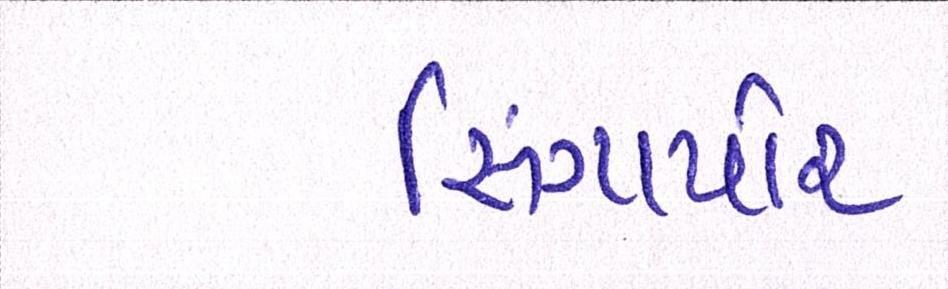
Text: સિંગાપોર